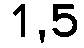
1,5